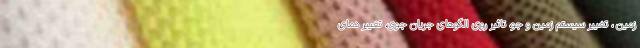
زمین ، تغییر سیستم زمین و جو، تاثیر روی الگوهای جریان جوی، تغییر دمای